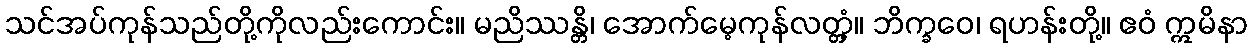
သင်အပ်ကုန်သည်တို့ကိုလည်းကောင်း။ မညိဿန္တိ၊ အောက်မေ့ကုန်လတ္တံ့။ ဘိက္ခဝေ၊ ရဟန်းတို့။ ဧဝံ ဣမိနာ